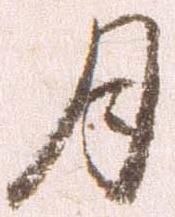
月